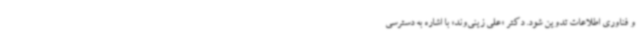
و فناوری اطلاعات تدوین شود. دکتر «علی زینی‌وند» با اشاره به دسترسی